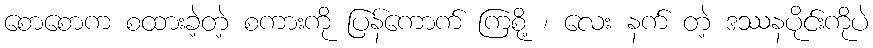
စောစောက စထားခဲ့တဲ့ စကားကို ပြန်ကောက် ကြစို့ ၊ လေး နက် တဲ့ ဒဿနပိုင်းကိုပဲ